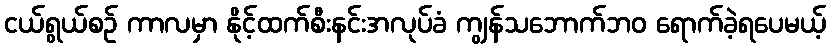
ငယ်ရွယ်စဉ် ကာလမှာ နိုင့်ထက်စီးနင်းအလုပ်ခံ ကျွန်သဘောက်ဘဝ ရောက်ခဲ့ရပေမယ့်